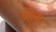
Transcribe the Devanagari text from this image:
घोला।